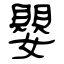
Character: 嬰